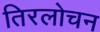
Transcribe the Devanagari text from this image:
तिरलोचन